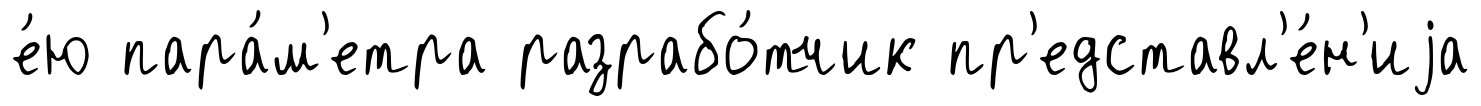
е́ю пара́м'етра разрабо́тчик пр'едставл'е́н'иjа